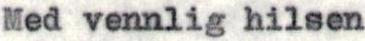
Med vennlig hilsen